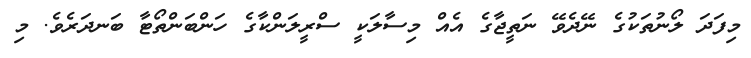
މިފަދަ ލޯނުތަކުގެ ނޭދެވޭ ނަތީޖާގެ އެއް މިސާލަކީ ސްރީލަންކާގެ ހަންބަންތޯޓާ ބަނދަރެވެ. މި